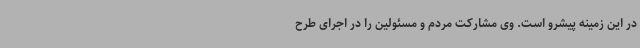
در این زمینه پیشرو است. وی مشارکت مردم و مسئولین را در اجرای طرح